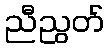
ညီညွတ်